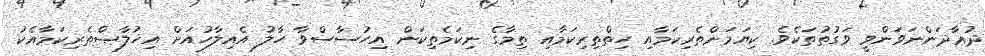
ދުޢާދަންނަވަންވީ ވަގުތުތަކެވެ. ކިޔަމަންތެރިކަމާއި ހިތްތިރިކަމާއި ތިމާގެ ނިކަމެތިކަން އިހުސާސްވާ ހާލު އެއިލާހުއަށް އިޚުލާޞްތެރިކަމާއެކު